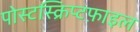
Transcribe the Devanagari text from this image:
पोस्टस्क्रिप्टफ़ाइल